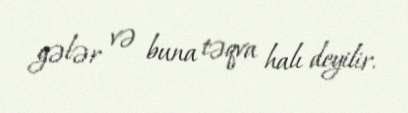
gələr və buna təqva halı deyilir.